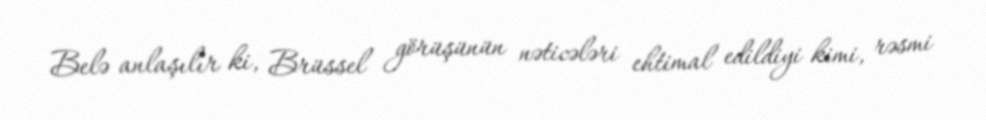
Belə anlaşılır ki, Brüssel görüşünün nəticələri ehtimal edildiyi kimi, rəsmi